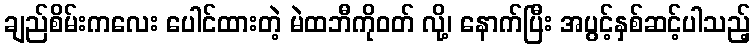
ချည်စိမ်းကလေး ပေါင်ထားတဲ့ မဲထဘီကိုဝတ် လို့၊ နောက်ပြီး အပွင့်နှစ်ဆင့်ပါသည့်